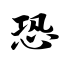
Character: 恐